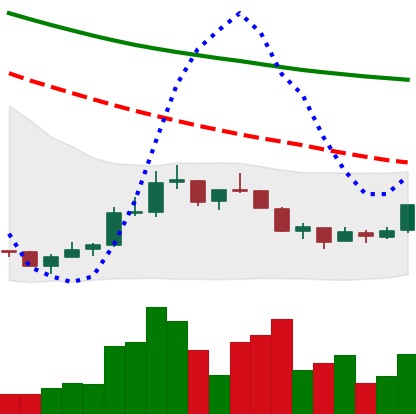
Ticker: NEO-USD
Chart end date: 2018-07-16
Forward return: -7.457%
Label: down_7plus